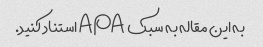
به این مقاله به سبک APA استناد کنید.